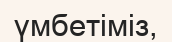
үмбетіміз,